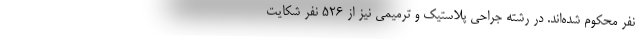
نفر محکوم شده‌اند. در رشته جراحی پلاستیک و ترمیمی نیز از ۵۲۶ نفر شکایت